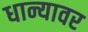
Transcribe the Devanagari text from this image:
धान्यावर